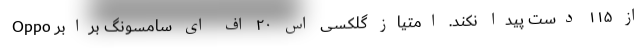
از ۱۱۵ دست پیدا نکند. امتیاز گلکسی اس ۲۰ اف ای سامسونگ برابر Oppo